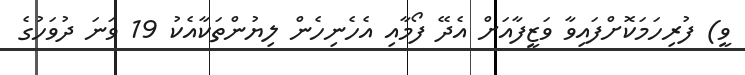
ވީ) ފުރިހަމަކޮށްފައިވާ ވަޒީފާއަށް އެދޭ ފޯމާއި އެހެނިހެން ލިޔުންތަކާއެކު 19 ވަނަ ދުވަހުގެ